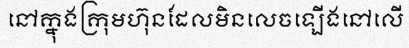
នៅក្នុងក្រុមហ៊ុនដែលមិនលេចឡើងនៅលើ